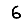
Digit: 6